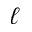
\ell